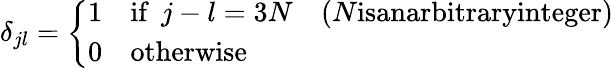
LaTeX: \delta_{jl}=\left\{ \begin{array}{llll}{{1}}&{{\textrm{if}\, \, \, j-l=3N}}&{{(N\textrm{isanarbitraryinteger})}}\\ {{0}}&{{\textrm{otherwise}}}&{{}}\end{array}\right.